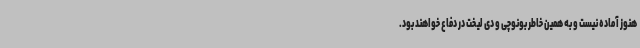
هنوز آماده نیست و به همین خاطر بونوچی و دی لیخت در دفاع خواهند بود.